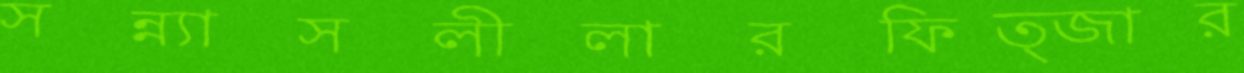
সন্ন্যাসলীলারফিত্জার